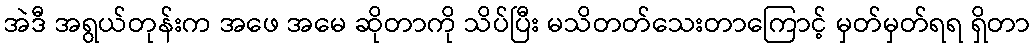
အဲဒီ အရွယ်တုန်းက အဖေ အမေ ဆိုတာကို သိပ်ပြီး မသိတတ်သေးတာကြောင့် မှတ်မှတ်ရရ ရှိတာ